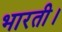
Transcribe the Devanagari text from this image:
भारती।